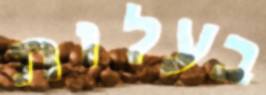
בעלות